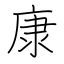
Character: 康